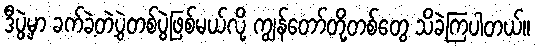
ဒီပွဲမှာ ခက်ခဲ့တဲ့ပွဲတစ်ပွဲဖြစ်မယ်လို့ ကျွန်တော်တို့တစ်တွေ သိခဲ့ကြပါတယ်။